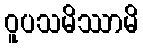
ဝူပသမိဿာမိ